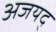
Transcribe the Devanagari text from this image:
अजयद्